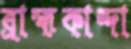
ব্রাহ্মকান্দা